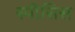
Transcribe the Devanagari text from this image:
स्पीसिस